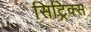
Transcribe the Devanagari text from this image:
सिट्रिक्स